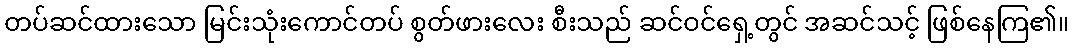
တပ်ဆင်ထားသော မြင်းသုံးကောင်တပ် စွတ်ဖားလေး စီးသည် ဆင်ဝင်ရှေ့တွင် အဆင်သင့် ဖြစ်နေကြ၏။